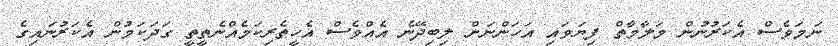
ނަމަވެސް އެކަރުނުން މަލާމާތް ފިޔަވައި އަހަންނަށް ލިބިދޭނެ އެއްވެސް އެހީތެރިކަމެއްނެތީތީ ގަދަކަމުން އެކަރުނައިގެ